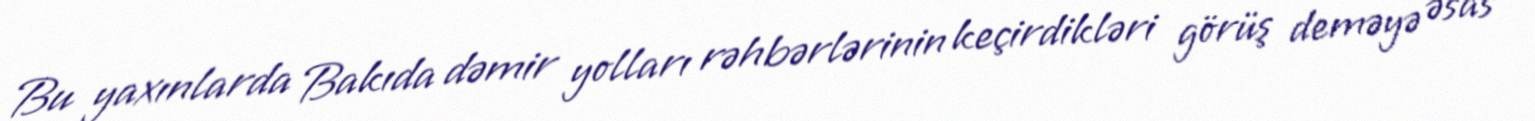
Bu yaxınlarda Bakıda dəmir yolları rəhbərlərinin keçirdikləri görüş deməyə əsas